Punjab Mental Hospital Lahore 1922-31 - 1922-1931
Year: 1922
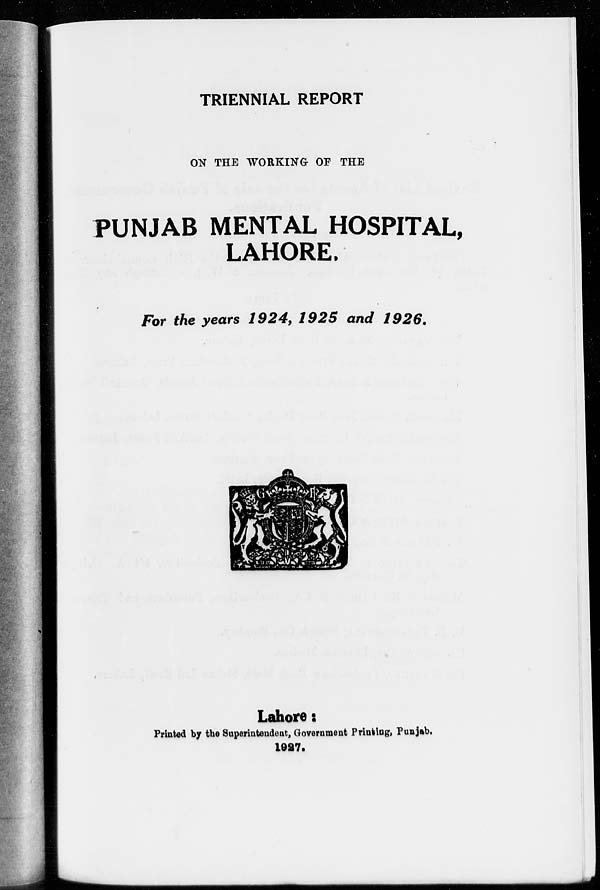
TRIENNIAL REPORT
ON THE WORKING OF THE
PUNJAB MENTAL HOSPITAL,
LAHORE.
For the years 1924, 1925 and 1926.
Lahore :
Printed by the Superintendent, Government Printing, Punjab.
1927.